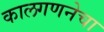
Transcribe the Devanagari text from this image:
कालगणनेचा